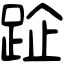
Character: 𨀣